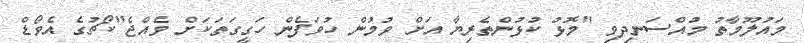
މައުލޫމާތު މުއްސަނދިވި "މޮޅު ކުޅުންތެރިޔާ އަށް ވުމުން ހުވަފެން ހަގީގަތަކަށް ވެއްޖެ"ކޯޗުގެ އެވޯޑް